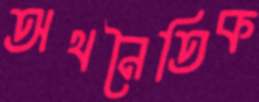
অথনৈতিক